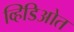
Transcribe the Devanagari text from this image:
व्हिडिओत